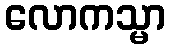
လောကသ္မာ